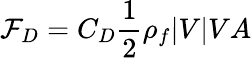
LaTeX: \mathcal{F}_{D}=C_{D}\frac{{1}}{{2}}\rho_{f}|V|VA